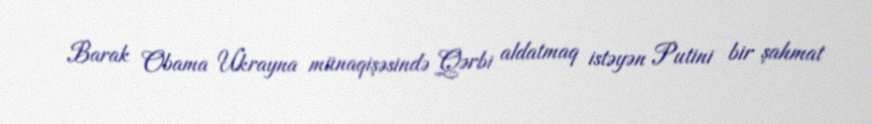
Barak Obama Ukrayna münaqişəsində Qərbi aldatmaq istəyən Putini bir şahmat